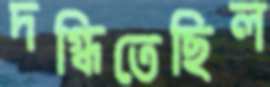
দগ্ধিতেছিল